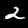
Label: 2